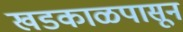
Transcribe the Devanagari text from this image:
खडकाळपासून